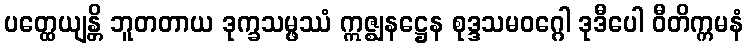
ပတ္ထေယျန္တိ ဘူတတာယ ဒုက္ခသမ္ဖဿံ ဣဇ္ဈနဋ္ဌေန စုဒ္ဒသမဝဂ္ဂေါ ဒုဒီပေါ ဝီတိက္ကမနံ